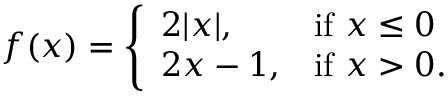
f ( x ) = { \left\{ \begin{array} { l l } { 2 | x | , } & { { \mathrm { i f ~ } } x \leq 0 } \\ { 2 x - 1 , } & { { \mathrm { i f ~ } } x > 0 . } \end{array} \right. }